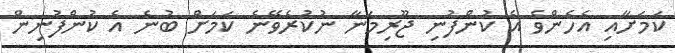
ކަމަށާއި އެހެންވެ އެ ކުންފުނި ޖޫރިމަނާ ނުކުރެވޭނެ ކަމަށް ބުނެ އެ ކުންފުނިން